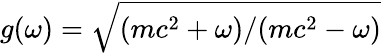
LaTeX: g(\omega)=\sqrt{(mc^{2}+\omega)/(mc^{2}-\omega)}